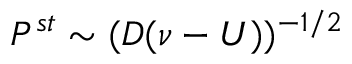
P ^ { s t } \sim ( D ( \nu - U ) ) ^ { - 1 / 2 }